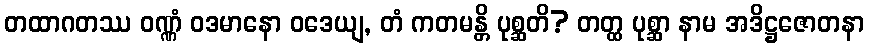
တထာဂတဿ ဝဏ္ဏံ ဝဒမာနော ဝဒေယျ, တံ ကတမန္တိ ပုစ္ဆတိ? တတ္ထ ပုစ္ဆာ နာမ အဒိဋ္ဌဇောတနာ